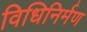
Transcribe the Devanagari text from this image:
विधिनिर्मण